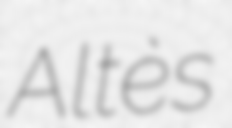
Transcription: Altès